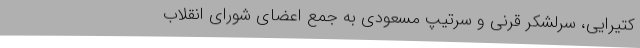
کتیرایی‌، سرلشکر قرنی‌ و سرتیپ‌ مسعودی‌ به‌ جمع‌ اعضای‌ شورای‌ انقلاب